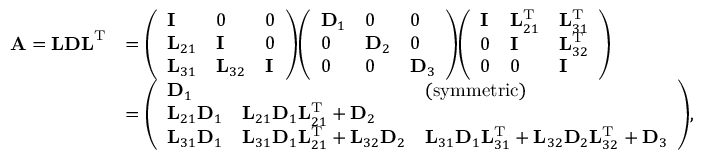
{ \begin{array} { r l } { \mathbf { A } = \mathbf { L D L } ^ { \mathrm { T } } } & { = { \left( \begin{array} { l l l } { \mathbf { I } } & { 0 } & { 0 } \\ { \mathbf { L } _ { 2 1 } } & { \mathbf { I } } & { 0 } \\ { \mathbf { L } _ { 3 1 } } & { \mathbf { L } _ { 3 2 } } & { \mathbf { I } } \end{array} \right) } { \left( \begin{array} { l l l } { \mathbf { D } _ { 1 } } & { 0 } & { 0 } \\ { 0 } & { \mathbf { D } _ { 2 } } & { 0 } \\ { 0 } & { 0 } & { \mathbf { D } _ { 3 } } \end{array} \right) } { \left( \begin{array} { l l l } { \mathbf { I } } & { \mathbf { L } _ { 2 1 } ^ { \mathrm { T } } } & { \mathbf { L } _ { 3 1 } ^ { \mathrm { T } } } \\ { 0 } & { \mathbf { I } } & { \mathbf { L } _ { 3 2 } ^ { \mathrm { T } } } \\ { 0 } & { 0 } & { \mathbf { I } } \end{array} \right) } } \\ & { = { \left( \begin{array} { l l l } { \mathbf { D } _ { 1 } } & & { ( \mathrm { s y m m e t r i c } ) } \\ { \mathbf { L } _ { 2 1 } \mathbf { D } _ { 1 } } & { \mathbf { L } _ { 2 1 } \mathbf { D } _ { 1 } \mathbf { L } _ { 2 1 } ^ { \mathrm { T } } + \mathbf { D } _ { 2 } } & \\ { \mathbf { L } _ { 3 1 } \mathbf { D } _ { 1 } } & { \mathbf { L } _ { 3 1 } \mathbf { D } _ { 1 } \mathbf { L } _ { 2 1 } ^ { \mathrm { T } } + \mathbf { L } _ { 3 2 } \mathbf { D } _ { 2 } } & { \mathbf { L } _ { 3 1 } \mathbf { D } _ { 1 } \mathbf { L } _ { 3 1 } ^ { \mathrm { T } } + \mathbf { L } _ { 3 2 } \mathbf { D } _ { 2 } \mathbf { L } _ { 3 2 } ^ { \mathrm { T } } + \mathbf { D } _ { 3 } } \end{array} \right) } , } \end{array} }